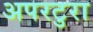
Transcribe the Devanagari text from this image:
अपरटुरा